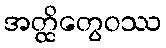
အတ္ထိတွေဝဿ